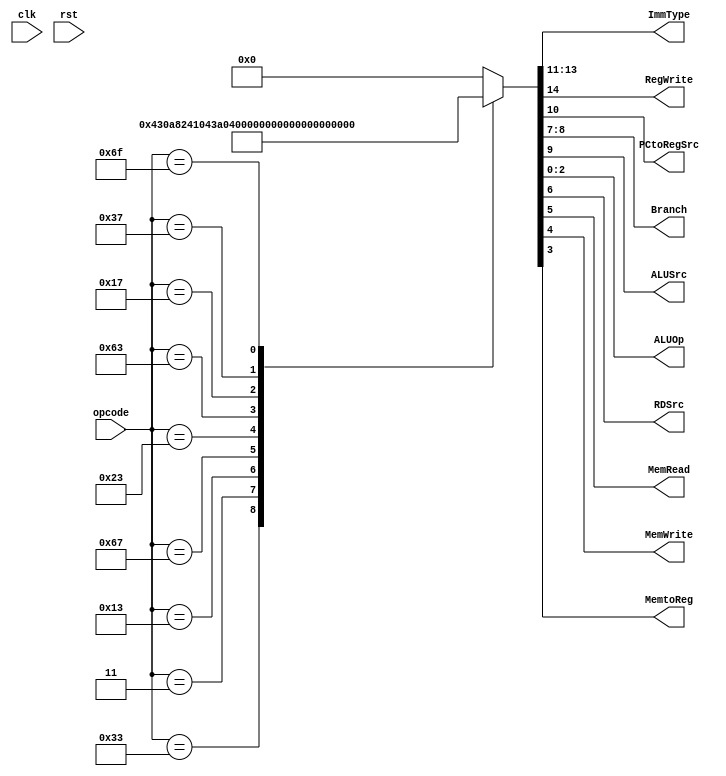
module Decoder(
    clk,
    rst,
    opcode,
    ImmType,
    RegWrite,
    PCtoRegSrc,
    Branch,
    ALUSrc,
    ALUOp,
    RDSrc,
    MemRead,
    MemWrite,
    MemtoReg 
);

input       clk;
input       rst;
input  [6:0]opcode;

output reg [2:0] ImmType;
output reg       RegWrite,PCtoRegSrc,ALUSrc,RDSrc,MemRead,MemWrite,MemtoReg;
output reg [2:0] ALUOp;
output reg [1:0] Branch;

always@(*)    begin
    case(opcode)
        (7'b0110011) : // R-type 
            {RegWrite,ImmType,PCtoRegSrc,ALUSrc,Branch,RDSrc,MemRead,MemWrite,MemtoReg,ALUOp} =15'b100001100001010;
        (7'b0000011) : // I-type
            {RegWrite,ImmType,PCtoRegSrc,ALUSrc,Branch,RDSrc,MemRead,MemWrite,MemtoReg,ALUOp} =15'b100000100100000;
        (7'b0010011) : // I-type
            {RegWrite,ImmType,PCtoRegSrc,ALUSrc,Branch,RDSrc,MemRead,MemWrite,MemtoReg,ALUOp} =15'b100000100001110;
        (7'b1100111) : // I-type
            {RegWrite,ImmType,PCtoRegSrc,ALUSrc,Branch,RDSrc,MemRead,MemWrite,MemtoReg,ALUOp} =15'b100000001001000;
        (7'b0100011) : // S-type
            {RegWrite,ImmType,PCtoRegSrc,ALUSrc,Branch,RDSrc,MemRead,MemWrite,MemtoReg,ALUOp} =15'b000100100010000;
        (7'b1100011) : // B-type
            {RegWrite,ImmType,PCtoRegSrc,ALUSrc,Branch,RDSrc,MemRead,MemWrite,MemtoReg,ALUOp} =15'b001001010000001;
        (7'b0010111) : // U-type
            {RegWrite,ImmType,PCtoRegSrc,ALUSrc,Branch,RDSrc,MemRead,MemWrite,MemtoReg,ALUOp} =15'b101110101001011;
        (7'b0110111) : // U-type
            {RegWrite,ImmType,PCtoRegSrc,ALUSrc,Branch,RDSrc,MemRead,MemWrite,MemtoReg,ALUOp} =15'b101100100001011;
        (7'b1101111) : // J-type
            {RegWrite,ImmType,PCtoRegSrc,ALUSrc,Branch,RDSrc,MemRead,MemWrite,MemtoReg,ALUOp} =15'b110000111001000;
        default:
            {RegWrite,ImmType,PCtoRegSrc,ALUSrc,Branch,RDSrc,MemRead,MemWrite,MemtoReg,ALUOp} = 15'b0;
    endcase  
end

endmodule